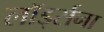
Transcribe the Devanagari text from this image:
लॉर्ड्सना